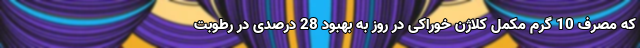
که مصرف 10 گرم مکمل کلاژن خوراکی در روز به بهبود 28 درصدی در رطوبت